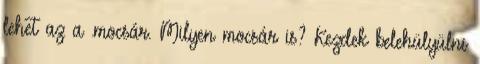
lehet az a .mocsár. Milyen mocsár is? Kezdek belehülyülni